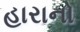
હારાનો